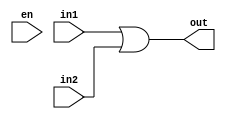
module or_unity(en, in1, in2, out);
	input en;
	input [15:0] in1, in2;
	output [15:0] out;
	
	assign out = in1 | in2;
endmodule